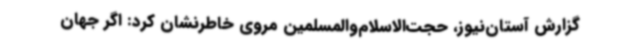
گزارش آستان‌نیوز، حجت‌الاسلام‌والمسلمین مروی خاطرنشان کرد: اگر جهان